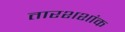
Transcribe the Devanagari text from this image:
तारशशांक